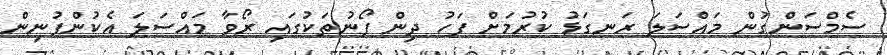
ސެމްސަންގުން މައްސަލަ ރަނގަޅު ކުރުމަށް ފަހު ދިން ފޯނުތަކުގައި ރޯވާ މައްސަލަ އެކުންފުނިން